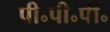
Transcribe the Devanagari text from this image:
पी॰पी॰पी॰